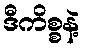
ဒီကိစ္စနဲ့